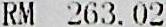
RM 263.02